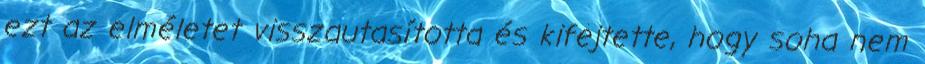
ezt az elméletet visszautasította és kifejtette, hogy soha nem